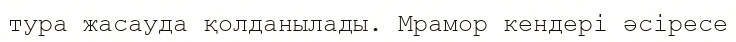
тура жасауда қолданылады. Мрамор кендері әсіресе